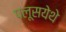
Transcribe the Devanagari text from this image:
पलूसयेथे